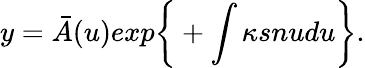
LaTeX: y={\bar{A}}(u)exp\bigg\{ +\int\kappa snudu\bigg\} .